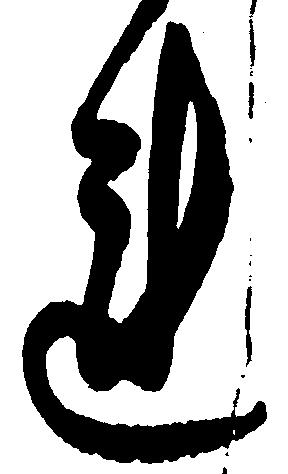
れ